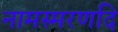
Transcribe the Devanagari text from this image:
नामस्मरणदि